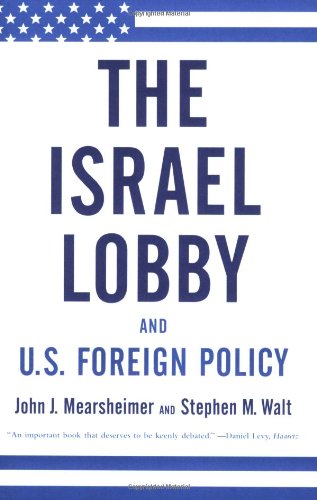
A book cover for The Israel Lobby and U.S. Foreign Policy; John J. Mearsheimer; History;